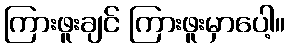
ကြားဖူးချင် ကြားဖူးမှာပေါ့။